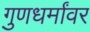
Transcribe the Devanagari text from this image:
गुणधर्मांवर